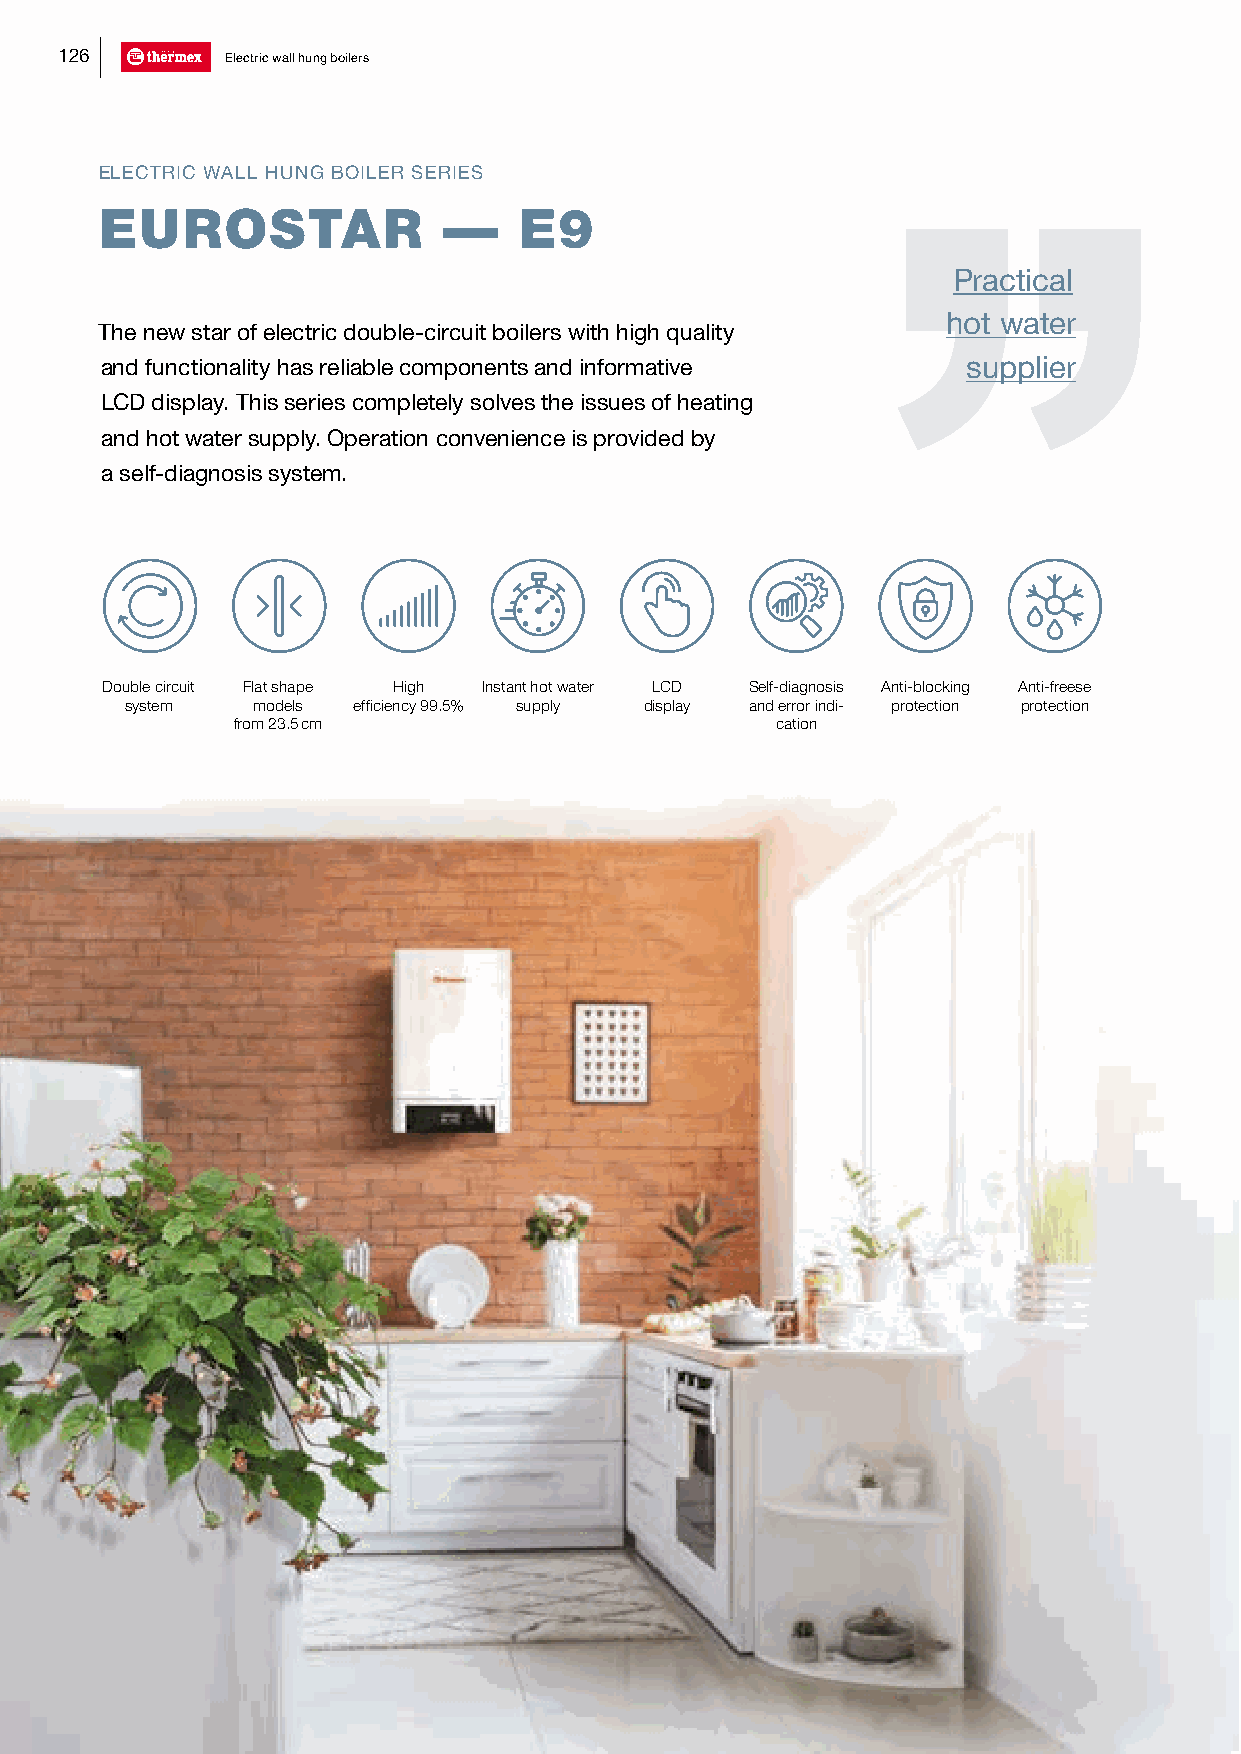
126        Electric wall hung boilers
 ELECTRIC WALL HUNG BOILER SERIES
 EUROSTAR              —    E9
 Practical
 hot water
 The new star of electric double-circuit boilers with high quality
 and functionality has reliable components and informative supplier
 LСD display. This series completely solves the issues of heating
 and hot water supply. Operation convenience is provided by
 a self-diagnosis system.
 Double circuit Flat shape High Instant hot water LCD Self-diagnosis Anti-blocking Anti-freese
 system   models efficiency 99.5% supply display and error indi- protection protection
 from 23.5 cm                        cation